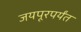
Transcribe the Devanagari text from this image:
जयपूरपर्यंत